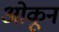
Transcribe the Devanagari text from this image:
ओकून